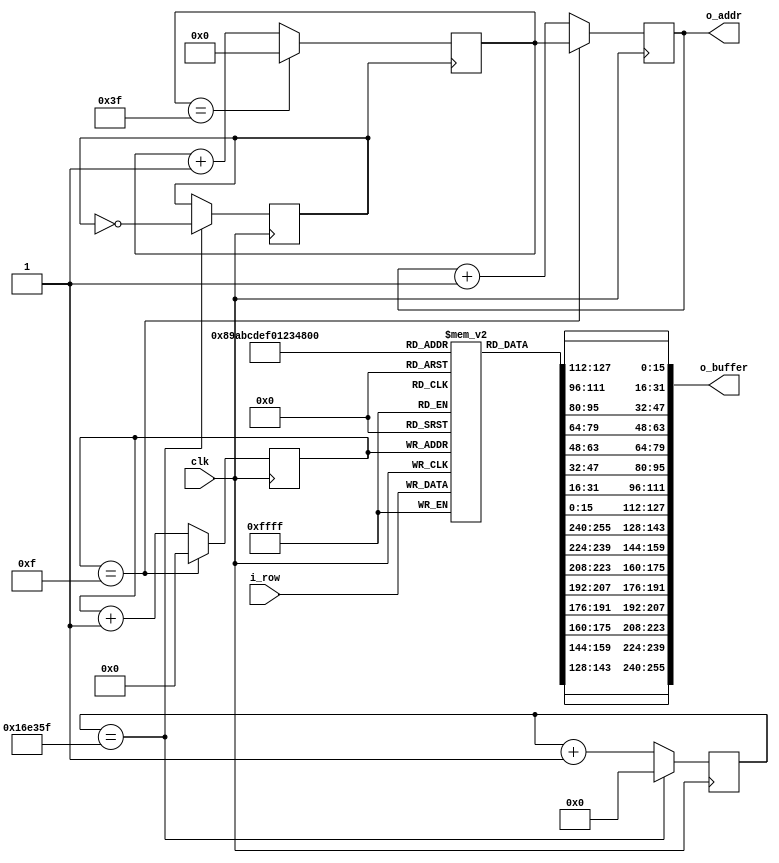
module scroll ( 
	clk,
	i_row,
	o_addr,
	o_buffer
);
input clk;
input [15:0] i_row;
output [5:0] o_addr;
output [255:0] o_buffer;

reg [3:0] addr_counter;
reg [5:0] pos;
reg [5:0] addr;
reg [15:0] buffer [15:0];
reg clk_16Hz;
reg [31:0] clk_16Hz_count;
//assign o_buffer[16:0] = buffer[0];
//assign o_buffer[32:16] = buffer[1];
//assign o_buffer[48:32] = buffer[2];
//assign o_buffer[64:48] = buffer[3];
//assign o_buffer[80:64] = buffer[4];
//assign o_buffer[96:80] = buffer[5];
//assign o_buffer[112:96] = buffer[6];
//assign o_buffer[128:112] = buffer[7];
//assign o_buffer[144:128] = buffer[8];
//assign o_buffer[160:144] = buffer[9];
//assign o_buffer[176:160] = buffer[10];
//assign o_buffer[192:176] = buffer[11];
//assign o_buffer[208:192] = buffer[12];
//assign o_buffer[224:208] = buffer[13];
//assign o_buffer[240:224] = buffer[14];
//assign o_buffer[256:240] = buffer[15];
assign o_buffer = {buffer[15], buffer[14], buffer[13], buffer[12], buffer[11], buffer[10], buffer[9], buffer[8], buffer[7], buffer[6], buffer[5], buffer[4], buffer[3], buffer[2], buffer[1], buffer[0]};
assign o_addr = addr;

always @ (posedge clk_16Hz) begin
	if (pos == 6'd63)
		pos <= 6'd0;
	else 
		pos <= pos + 6'd1;
end

always @ (posedge clk) begin
	if (addr_counter == 4'd15) begin
		addr_counter <= 4'd0;
		addr <= pos;
	end	else begin
		addr_counter <= addr_counter + 4'd1;
		addr <= addr + 6'd1;
	end
	buffer[addr_counter] <= i_row;
end

always @ (posedge clk) begin
	clk_16Hz_count <= clk_16Hz_count + 1'b1;
	if (clk_16Hz_count == 1499999) begin
		clk_16Hz <= ~clk_16Hz;
		clk_16Hz_count <= 32'b0;
	end
end

endmodule